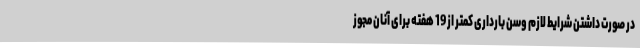
در صورت داشتن شرایط لازم وسن بارداری کمتر از 19 هفته برای آنان مجوز